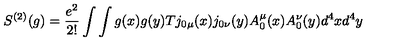
S ^ { \left( 2 \right) } ( g ) = \frac { e ^ { 2 } } { 2 ! } \int \int g ( x ) g ( y ) T j _ { 0 \mu } ( x ) j _ { 0 \nu } ( y ) A _ { 0 } ^ { \mu } ( x ) A _ { 0 } ^ { \nu } ( y ) d ^ { 4 } x d ^ { 4 } y